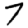
Digit: 7